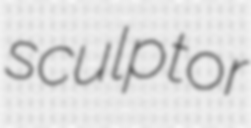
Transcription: sculptor